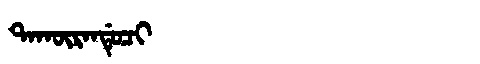
Manchu: ᡨᠠᡴᡡᡵᠠᠨᡩᡠᠴᡳ
Romanization: TAKŪRANDUCI